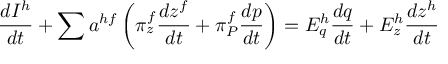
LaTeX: { \frac { d I ^ { h } } { d t } } + \sum a ^ { h f } \left( \pi _ { z } ^ { f } { \frac { d z ^ { f } } { d t } } + \pi _ { P } ^ { f } { \frac { d p } { d t } } \right) = E _ { q } ^ { h } { \frac { d q } { d t } } + E _ { z } ^ { h } { \frac { d z ^ { h } } { d t } }